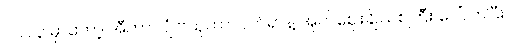
၁၉၀၃ မှာတော့ အီတာလျံ ဗိသုကာလက်ရာနဲ့ အုတ်ဈေးချိုသစ်ကြီး ပေါ်လာပြီး